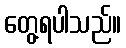
တွေ့ရပါသည်။